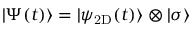
| \Psi ( t ) \rangle = | \psi _ { \mathrm { 2 D } } ( t ) \rangle \otimes | \sigma \rangle